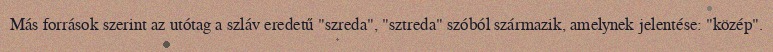
Más források szerint az utótag a szláv eredetű "szreda", "sztreda" szóból származik, amelynek jelentése: "közép".